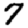
Digit: 7